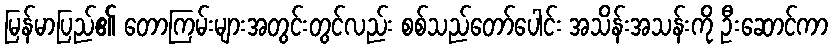
မြန်မာပြည်၏ တောကြမ်းများအတွင်းတွင်လည်း စစ်သည်တော်ပေါင်း အသိန်းအသန်းကို ဦးဆောင်ကာ